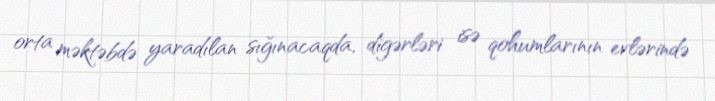
orta məktəbdə yaradılan sığınacaqda, digərləri isə qohumlarının evlərində